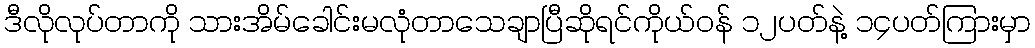
ဒီလိုလုပ်တာကို သားအိမ်ခေါင်းမလုံတာသေချာပြီဆိုရင်ကိုယ်ဝန် ၁၂ပတ်နဲ့ ၁၄ပတ်ကြားမှာ